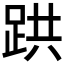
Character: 𫏇